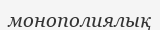
монополиялық